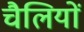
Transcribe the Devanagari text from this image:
चैलियों